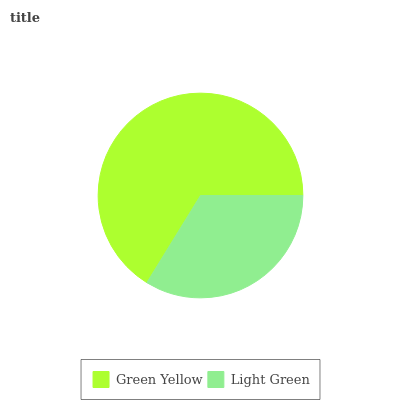
| Green Yellow | Light Green |
 | --- | --- |
 | 66.2% | 33.8% |